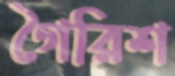
গৈরিশ